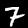
Label: 7